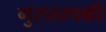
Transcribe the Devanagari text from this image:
गुरुतल्पकी